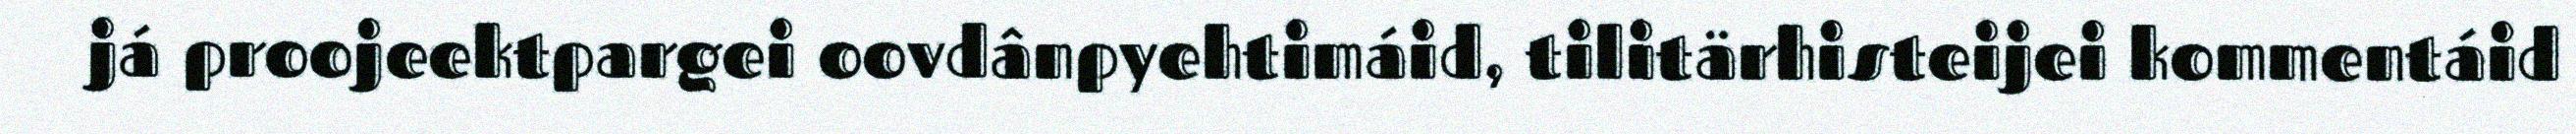
já proojeektpargei oovdânpyehtimáid, tilitärhisteijei kommentáid